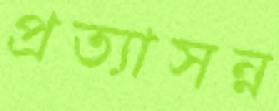
প্রত্যাসন্ন